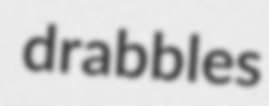
drabbles